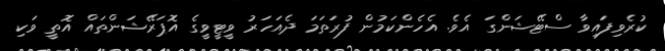
ކުރެވިފައިވާ ސްޓޭޝަންގަ އެވެ. އެހެންކަމުން ފުރަތަމަ ދެއަހަރު ވީޓީވީގެ އޮޕަރޭޝަންތައް އޮތީ ވަކި